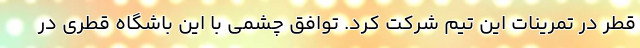
قطر در تمرینات این تیم شرکت کرد. توافق چشمی با این باشگاه قطری در